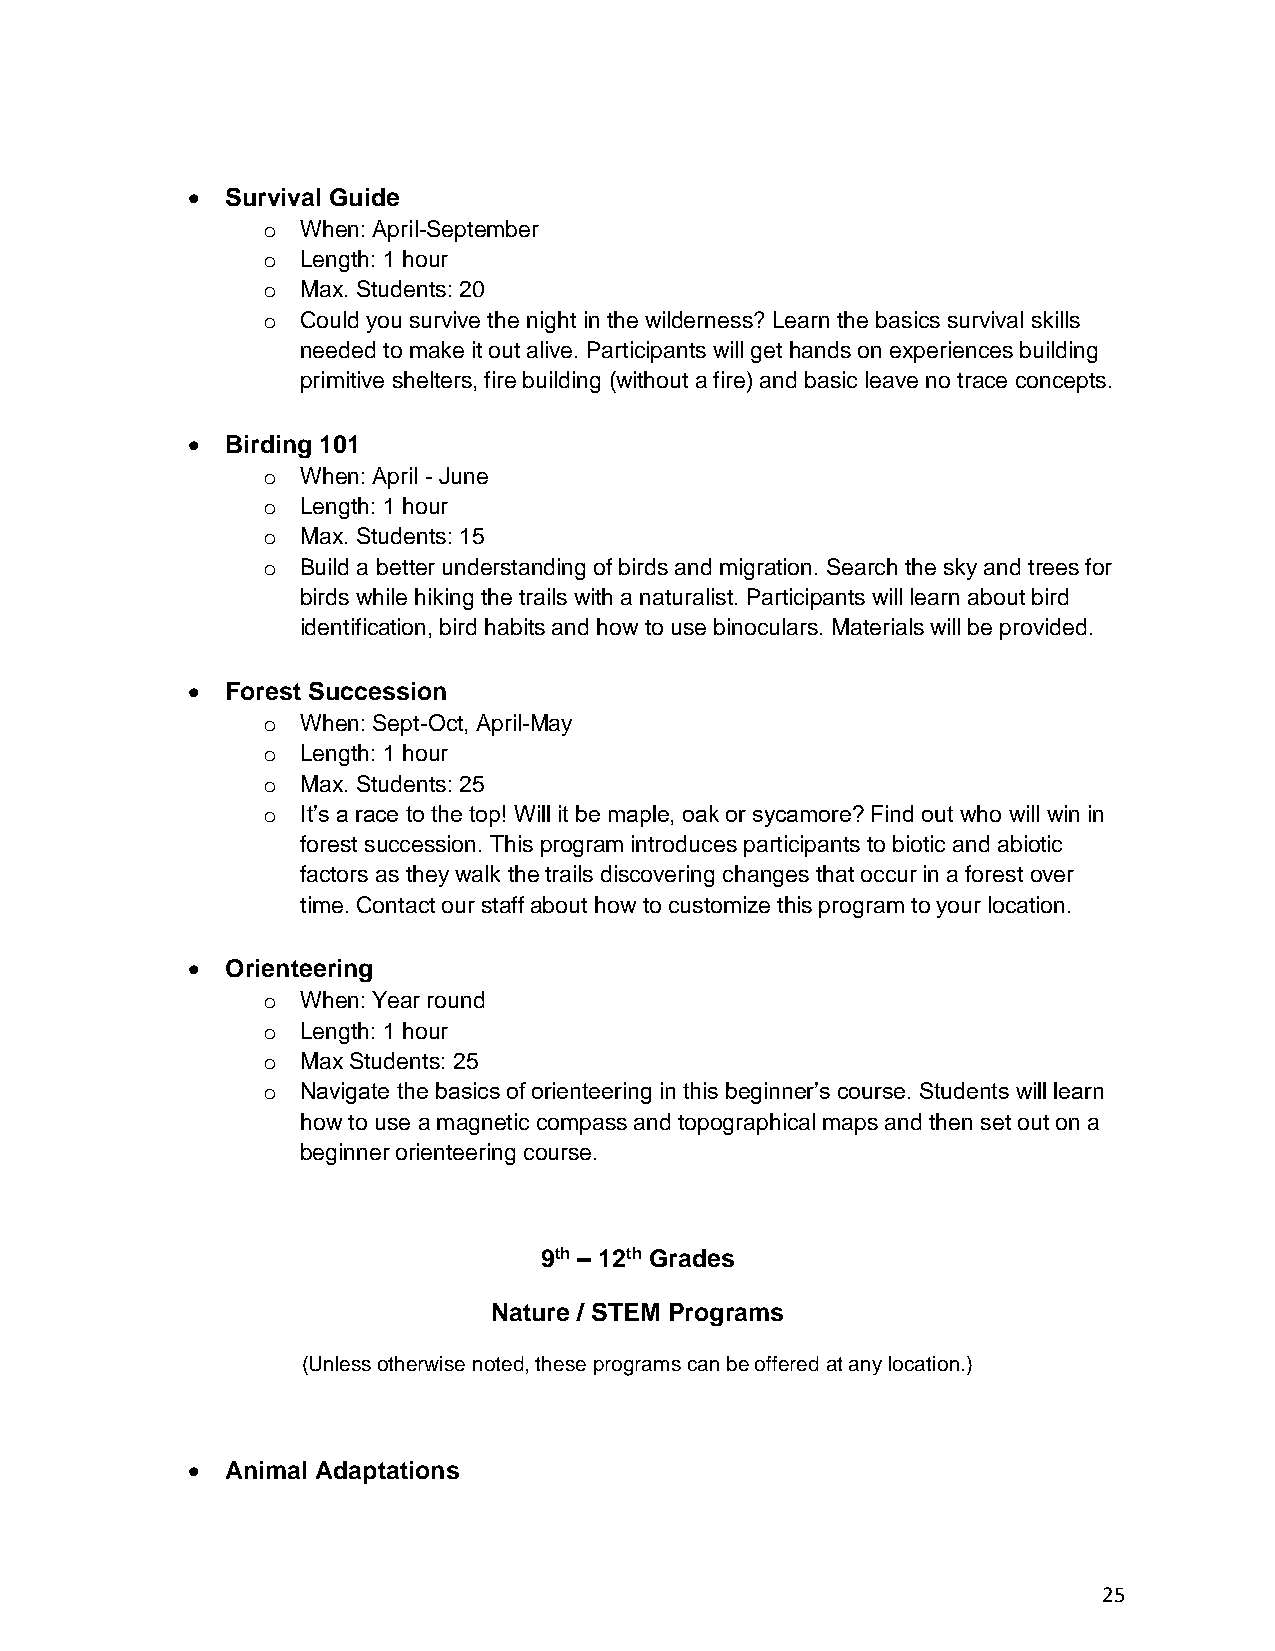
•  Survival Guide
 o  When: April-September
 o  Length: 1 hour
 o  Max. Students: 20
 o  Could you survive the night in the wilderness? Learn the basics survival skills
 needed to make it out alive. Participants will get hands on experiences building
 primitive shelters, fire building (without a fire) and basic leave no trace concepts.
 •  Birding 101
 o  When: April - June
 o  Length: 1 hour
 o  Max. Students: 15
 o  Build a better understanding of birds and migration. Search the sky and trees for
 birds while hiking the trails with a naturalist. Participants will learn about bird
 identification, bird habits and how to use binoculars. Materials will be provided.
 •  Forest Succession
 o  When: Sept-Oct, April-May
 o  Length: 1 hour
 o  Max. Students: 25
 o  It’s a race to the top! Will it be maple, oak or sycamore? Find out who will win in
 forest succession. This program introduces participants to biotic and abiotic
 factors as they walk the trails discovering changes that occur in a forest over
 time. Contact our staff about how to customize this program to your location.
 •  Orienteering
 o  When: Year round
 o  Length: 1 hour
 o  Max Students: 25
 o  Navigate the basics of orienteering in this beginner’s course. Students will learn
 how to use a magnetic compass and topographical maps and then set out on a
 beginner orienteering course.
 9th – 12th Grades
 Nature / STEM Programs
 (Unless otherwise noted, these programs can be offered at any location.)
 •  Animal Adaptations
 25